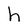
Character: h